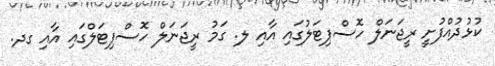
ކުޅުދުއްފުށީ ރީޖަނަލް ހޮސްޕިޓަލުގައި އާއި ލ. ގަމު ރީޖަނަލް ހޮސްޕިޓަލްގައި އާއި ގދ.